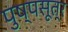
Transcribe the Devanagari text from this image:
पुष्पसूत्र